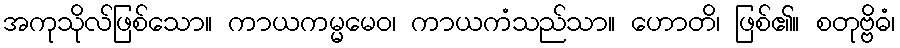
အကုသိုလ်ဖြစ်သော။ ကာယကမ္မမေဝ၊ ကာယကံသည်သာ။ ဟောတိ၊ ဖြစ်၏။ စတုဗ္ဗိဓံ၊